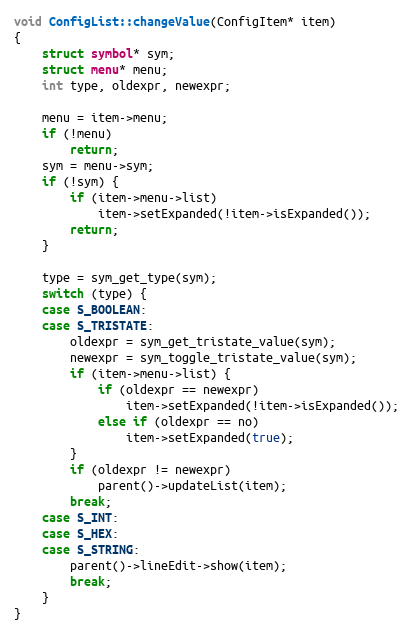
Language: C++
void ConfigList::changeValue(ConfigItem* item)
{
	struct symbol* sym;
	struct menu* menu;
	int type, oldexpr, newexpr;

	menu = item->menu;
	if (!menu)
		return;
	sym = menu->sym;
	if (!sym) {
		if (item->menu->list)
			item->setExpanded(!item->isExpanded());
		return;
	}

	type = sym_get_type(sym);
	switch (type) {
	case S_BOOLEAN:
	case S_TRISTATE:
		oldexpr = sym_get_tristate_value(sym);
		newexpr = sym_toggle_tristate_value(sym);
		if (item->menu->list) {
			if (oldexpr == newexpr)
				item->setExpanded(!item->isExpanded());
			else if (oldexpr == no)
				item->setExpanded(true);
		}
		if (oldexpr != newexpr)
			parent()->updateList(item);
		break;
	case S_INT:
	case S_HEX:
	case S_STRING:
		parent()->lineEdit->show(item);
		break;
	}
}